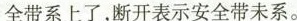
全带系上了，断开表示安全带未系。